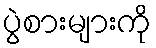
ပွဲစားများကို